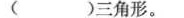
( )三角形。